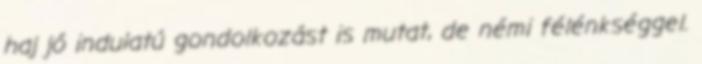
haj jó indulatú gondolkozást is mutat, de némi félénkséggel.